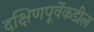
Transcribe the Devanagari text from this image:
दक्षिणपूर्वेकडील